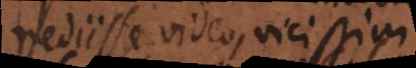
rediisse video, vici